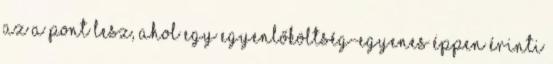
az a pont lesz, ahol egy egyenlőköltség-egyenes éppen érinti